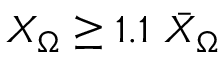
X _ { \Omega } \geq 1 . 1 ~ \bar { X } _ { \Omega }